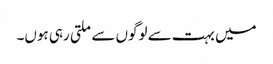
میں بہت سے لوگوں سے ملتی رہی ہوں۔